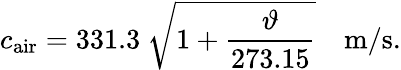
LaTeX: c_{\mathrm{air}}=331.3~{\sqrt{1+{\frac{\vartheta}{273.15}}}}~~~~\mathrm{m/s}.